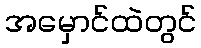
အမှောင်ထဲတွင်